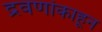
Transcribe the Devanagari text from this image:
द्रवणांकाहून